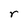
Character: r